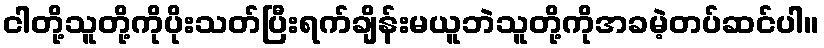
ငါတို့သူတို့ကိုပိုးသတ်ပြီးရက်ချိန်းမယူဘဲသူတို့ကိုအခမဲ့တပ်ဆင်ပါ။